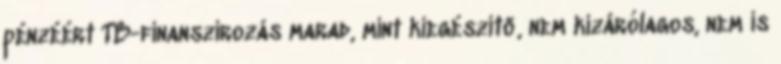
pénzéért TB-finanszirozás marad, mint kiegészitő, nem kizárólagos, nem is